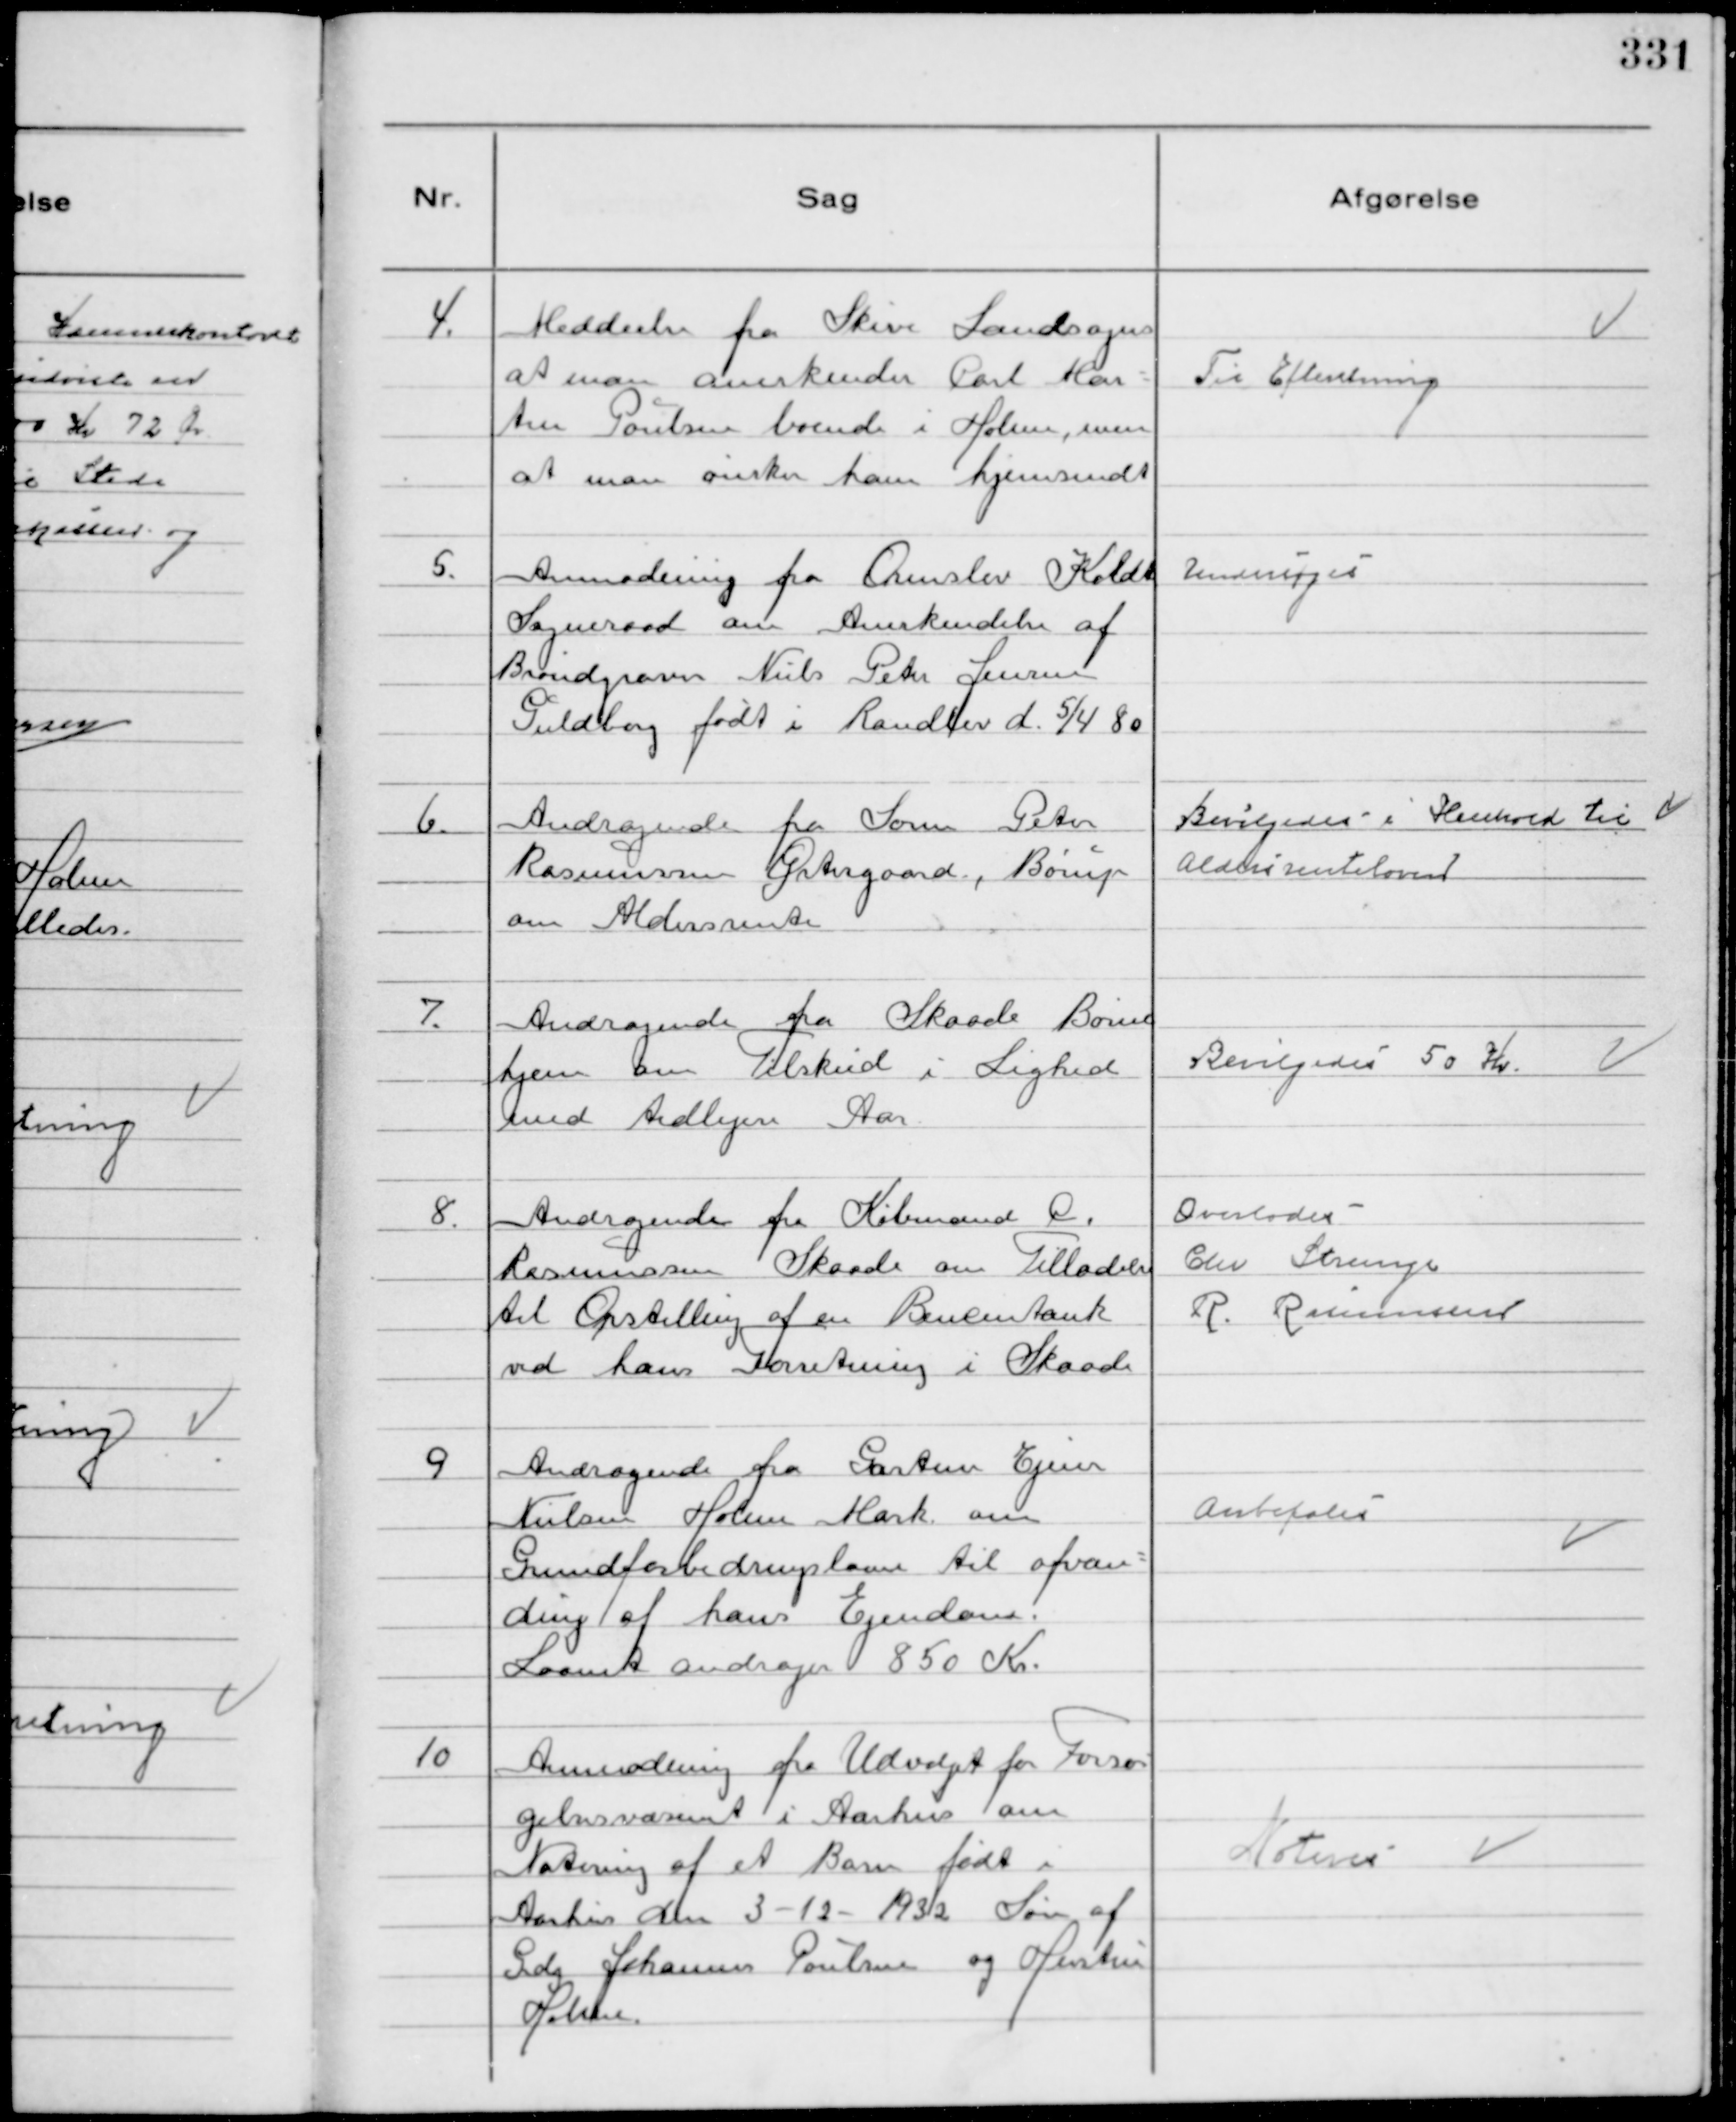
Transskription:
4.
Meddeelse fra Skive Landsogn
at man anerkender Carl Mar-
tin Poulsen boende i Holme, men
at man ønsker ham hjemsendt

Til Efteretning

5.
Anmodning fra Ormslev Koldt
Sogneraad om Anerkendelse af
Brøndgraver Niels Peter Jensen
Guldborg født i Randlev d. 5/4 80

Undersøges

6.
Andragende fra Søren Peter
Rasmussen Østergaard, Børup
om Aldersrente

Bevilgedes i Henhold til
Aldersrenteloven

7.
Andragende fra Skaade Børne
hjem om Tilskud i Lighed
med tidligere Aar

Bevilgedes 50 Kr.

8.
Andragende fra Købmand P.
Rasmussen Skaade om Tilladelse
til Opstilling af en Benzintank
ved hans Forretning i Skaade

Overlodes
Chr Strunge
R. Rasmussen

9
Andragende fra Gartner Ejner
Nielsen Holme Mark om
Grundforbedringslaan til afvan-
ding af hans Ejendom.
Laanet andrager 850 Kr.

Anbefales

10
Anmodning fra Udvalget for Forsør
gelsesvæsenet i Aarhus om
Notering af et Barn født i
Aarhus den 3-12-1932 Søn af
Grdj Johannes Poulsen og Hustru
Holme.

Noteres